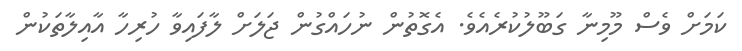
ކަމަށް ވެސް މޫމިނާ ގަބޫލުކުރެއެވެ. އެގޮތުން ނުހައްގުން ޖަލަށް ލާފައިވާ ހުރިހާ އާއިލާތަކުން